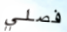
فصلي